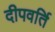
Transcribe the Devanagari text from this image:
दीपवर्ति